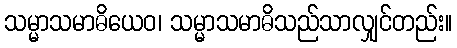
သမ္မာသမာဓိယေဝ၊ သမ္မာသမာဓိသည်သာလျှင်တည်း။